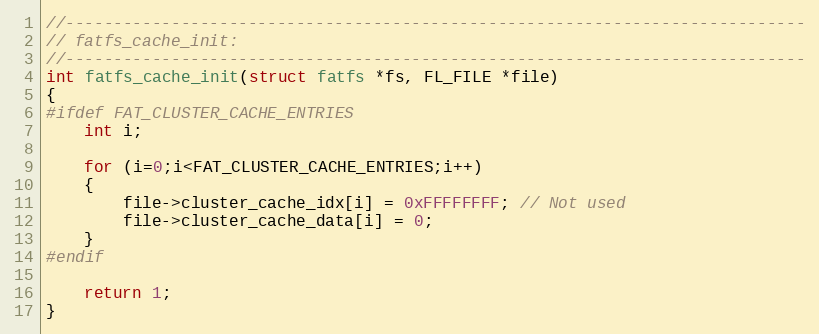
Language: C
//-----------------------------------------------------------------------------
// fatfs_cache_init:
//-----------------------------------------------------------------------------
int fatfs_cache_init(struct fatfs *fs, FL_FILE *file)
{
#ifdef FAT_CLUSTER_CACHE_ENTRIES
    int i;

    for (i=0;i<FAT_CLUSTER_CACHE_ENTRIES;i++)
    {
        file->cluster_cache_idx[i] = 0xFFFFFFFF; // Not used
        file->cluster_cache_data[i] = 0;
    }
#endif

    return 1;
}